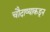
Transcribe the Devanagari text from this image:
चौदाव्याकडून